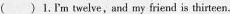
( ) 1.I'm twelve,and my friend is thirteen.